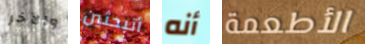
والآخر أتبحثين أنه الأطعمة